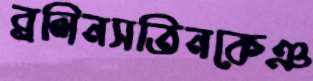
ব্রলিনসতিনকেঞ